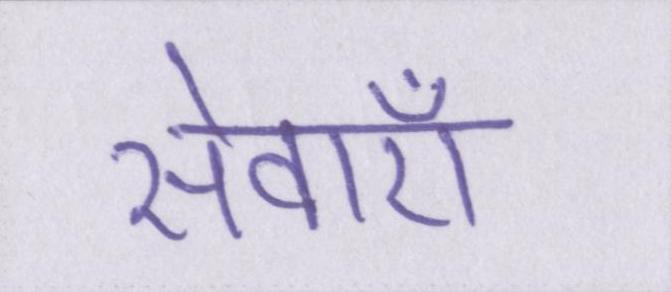
सेवाऍं